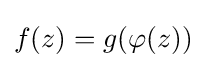
\displaystyle {f(z)=g(\varphi (z))}